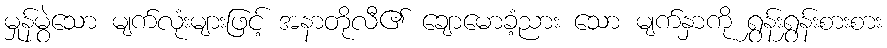
မှုန်မွဲသော မျက်လုံးများဖြင့် အနာတိုလီ၏ ချောမောခံ့ညား သော မျက်နှာကို ရွှန်းရွှန်းစားစား